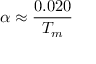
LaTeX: \alpha \approx { \frac { 0 . 0 2 0 } { T _ { m } } }